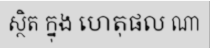
ស្ថិត ក្នុង ហេតុផល ណា